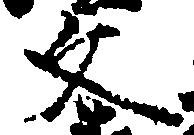
文